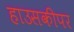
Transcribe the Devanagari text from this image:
हाउसकीपर